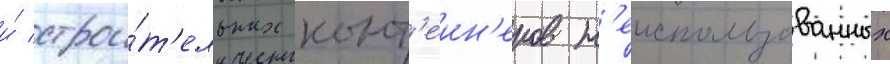
и́ строи́т'ельных конт'еин'еров н'еиспользованных